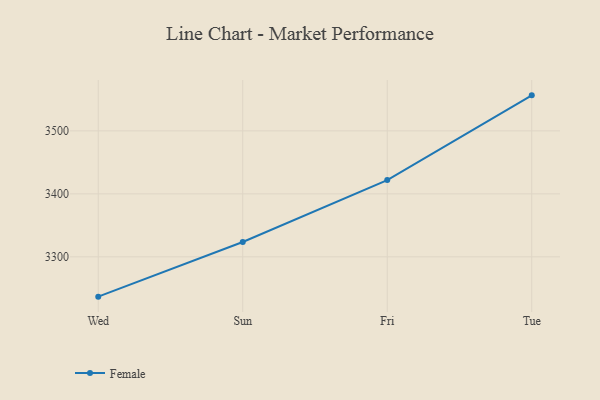
{"axis": {"x": "Day", "y": "Net Income (USD K)"}, "legend": ["Female"], "data": [{"x": "Wed", "y": 3236.8, "type": "Female"}, {"x": "Sun", "y": 3323.6, "type": "Female"}, {"x": "Fri", "y": 3421.9, "type": "Female"}, {"x": "Tue", "y": 3556.4, "type": "Female"}]}